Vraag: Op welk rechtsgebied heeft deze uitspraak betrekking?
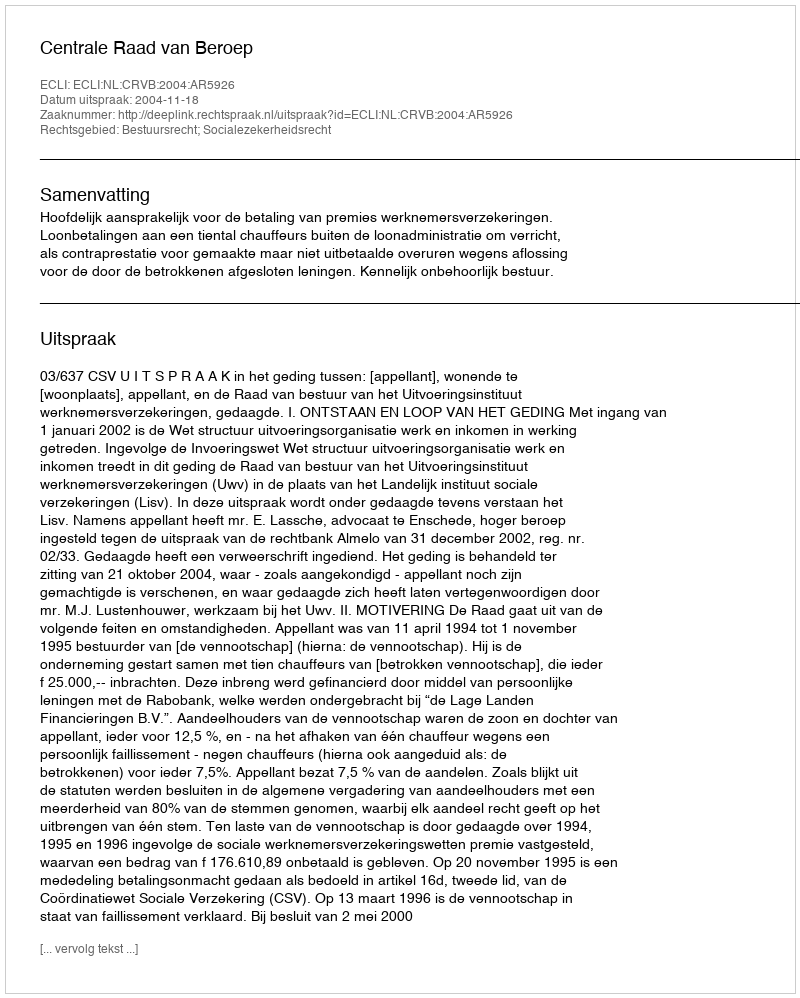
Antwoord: Bestuursrecht; Socialezekerheidsrecht